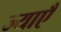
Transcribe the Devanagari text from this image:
ज्याएँ